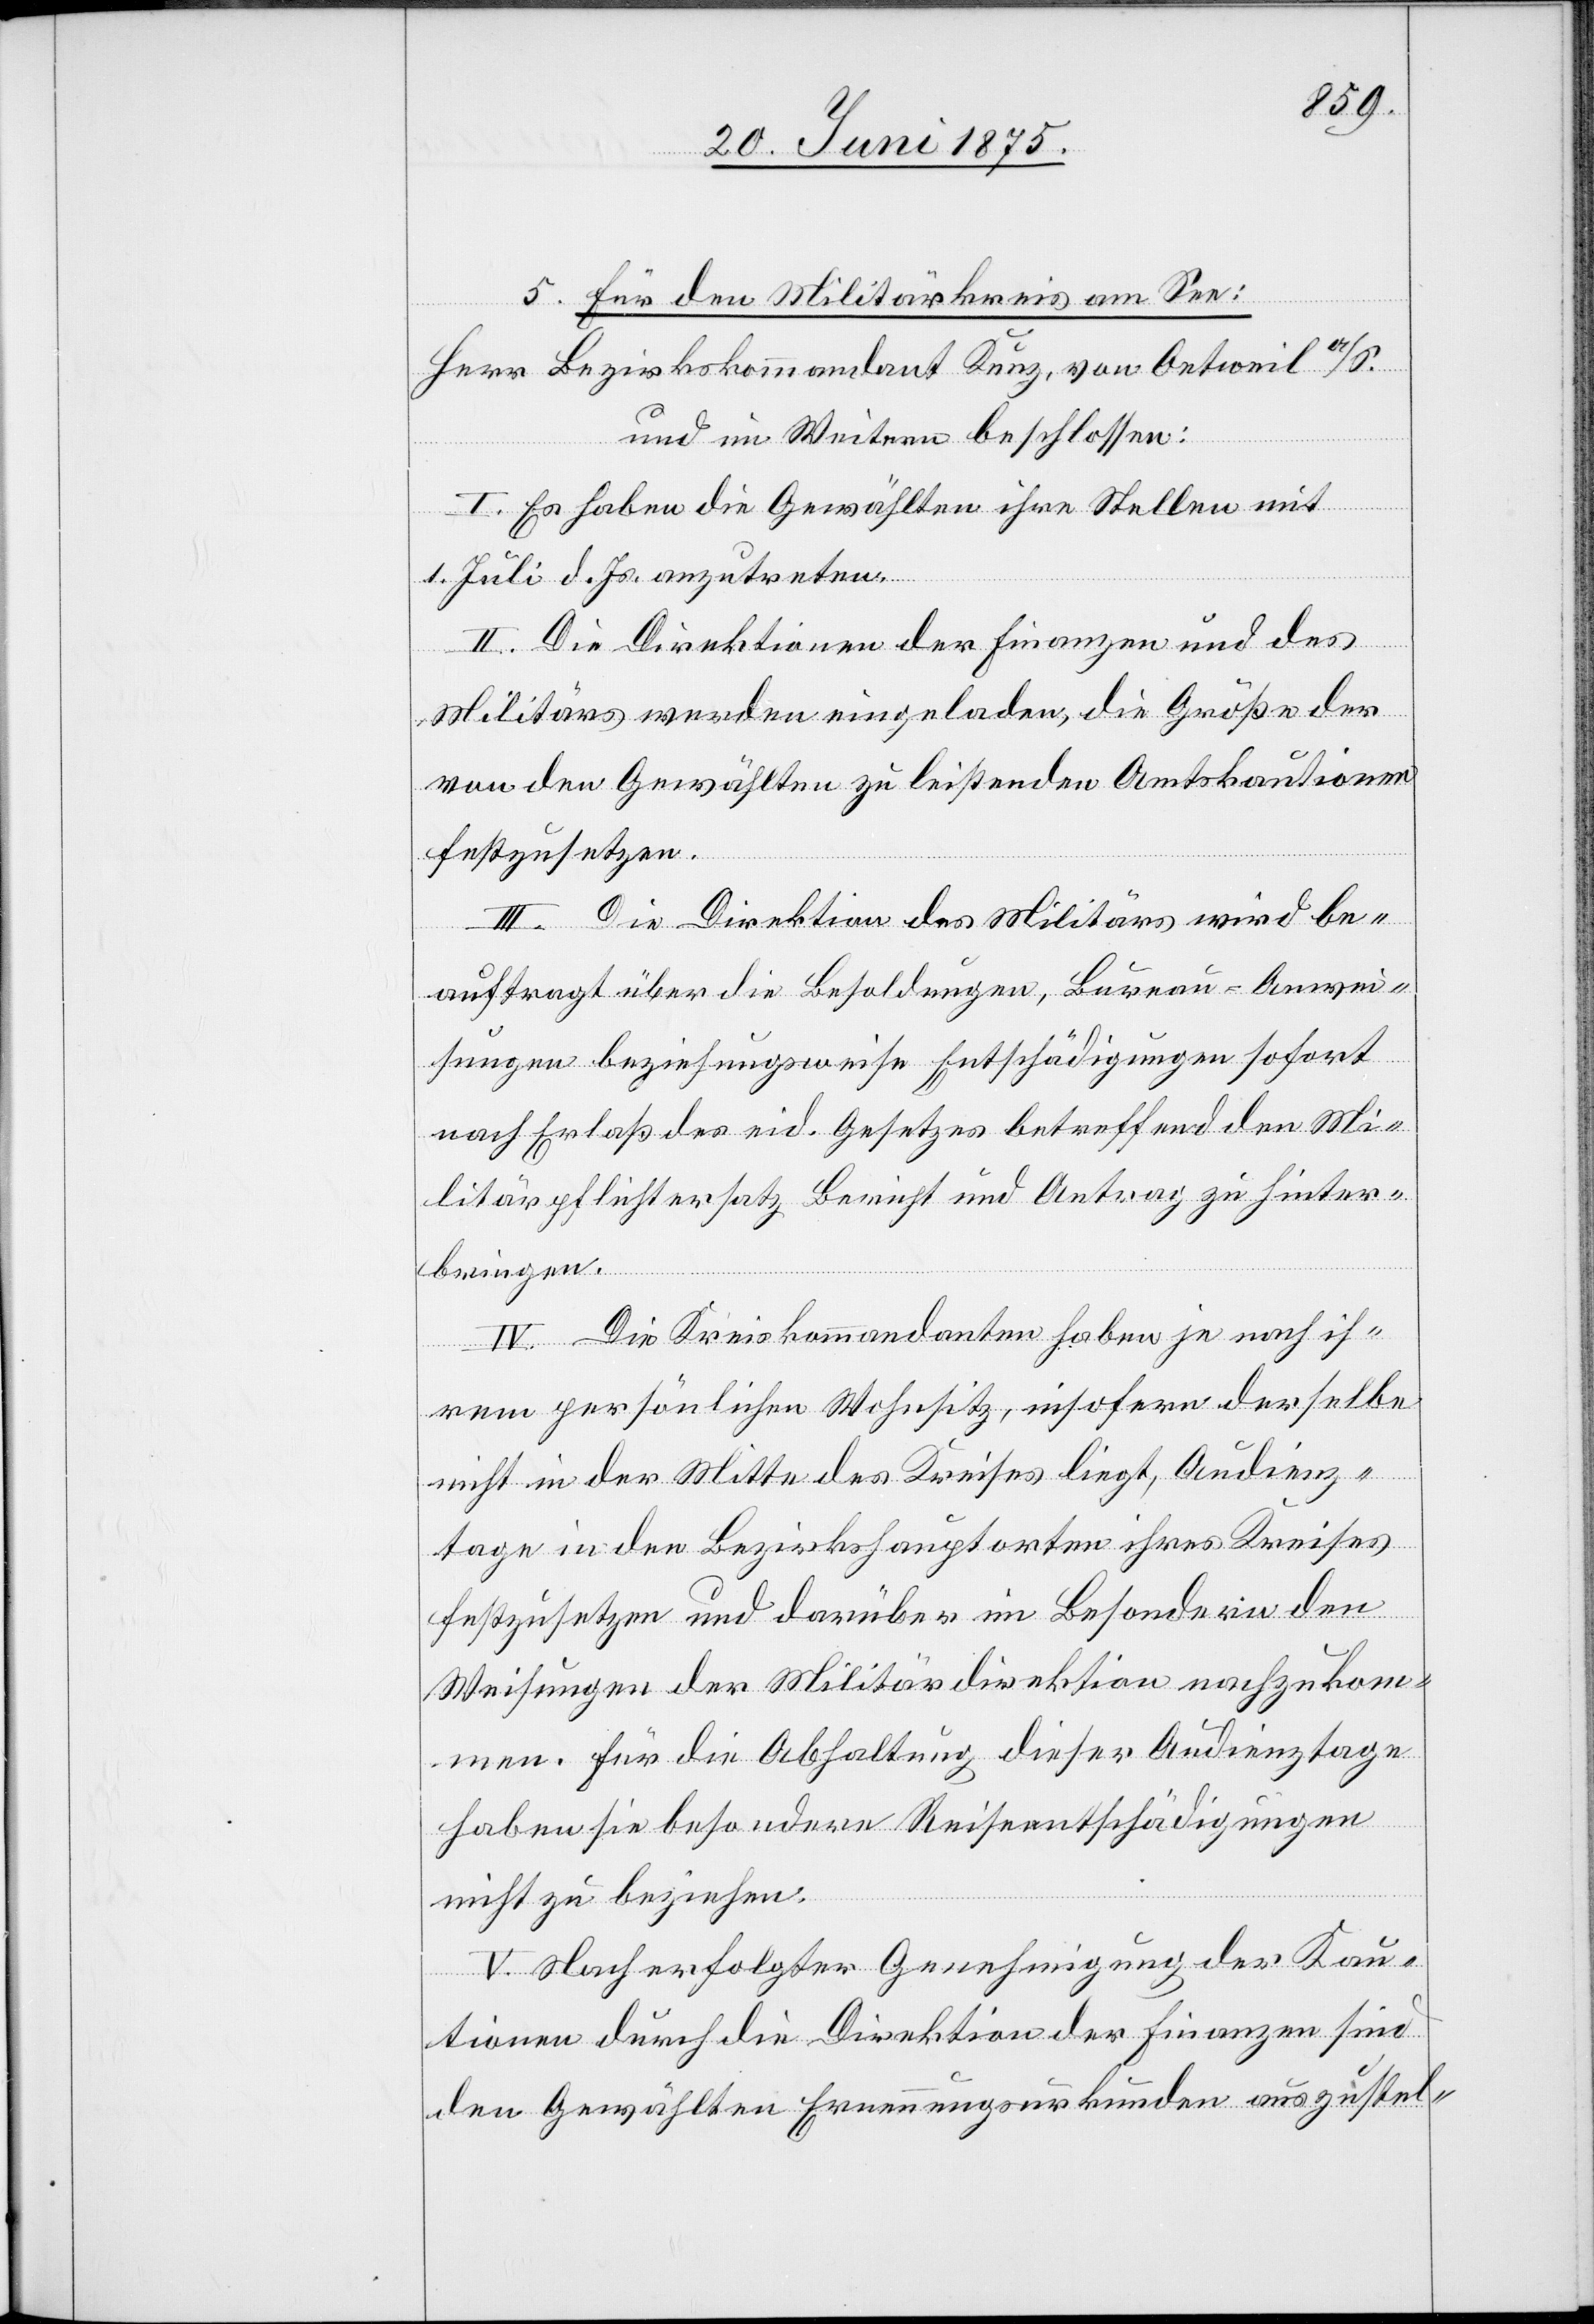
5. Für den Militärkreis am See:
Bezirkskommandant Kunz, von Oetweil a/S.
und im Weiteren beschlossen:
I. Es haben die Gewählten ihre Stellen mit
1. Juli d. Js. anzutreten.
II. Die Direktionen der Finanzen und des
Militärs werden eingeladen, die Größe der
von den Gewählten zu leistenden Amtskautionen
festzusetzen.
III. Die Direktion des Militärs wird be¬
auftragt über die Besoldungen, Bureau-Anwei¬
sungen beziehungsweise Entschädigungen sofort
nach Erlaß des eid. Gesetzes betreffend den Mi¬
litärpflichtersatz Bericht und Antrag zu hinter¬
bringen.
IV. Die Kreiskommandanten haben je nach ih¬
rem persönlichen Wohnsitz, insofern derselbe
nicht in der Mitte des Kreises liegt, Audienz¬
tage in den Bezirkshauptorten ihres Kreises
festzusetzen und darüber im Besondern den
Weisungen der Militärdirektion nachzukom¬
men. Für die Abhaltung dieser Audienztage
haben sie besondere Reiseentschädigungen
nicht zu beziehen.
V. Nach erfolgter Genehmigung der Kau¬
tionen durch die Direktion der Finanzen sind
den Gewählten Ernennungsurkunden auszustel-